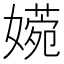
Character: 𡡶